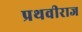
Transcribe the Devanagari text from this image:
प्रथवीराज